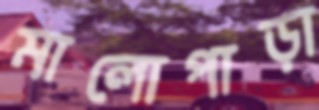
মালোপাড়া